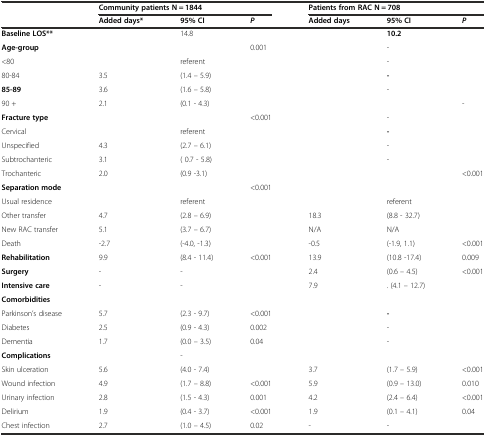
<table><thead><tr><td></td><td colspan="3"><b>Community patients N = 1844</b></td><td colspan="3"><b>Patients from RAC N = 708</b></td></tr><tr><td></td><td><b>Added days*</b></td><td><b>95% CI</b></td><td><b><i>P</i></b></td><td><b>Added days</b></td><td><b>95% CI</b></td><td><b><i>P</i></b></td></tr></thead><tbody><tr><td><b>Baseline LOS**</b></td><td></td><td>14.8</td><td></td><td></td><td><b>10.2</b></td><td></td></tr><tr><td><b>Age-group</b></td><td></td><td></td><td>0.001</td><td></td><td>-</td><td></td></tr><tr><td>&lt;80</td><td></td><td>referent</td><td></td><td></td><td>-</td><td></td></tr><tr><td>80-84</td><td>3.5</td><td>(1.4 – 5.9)</td><td></td><td></td><td><b>-</b></td><td></td></tr><tr><td><b>85-89</b></td><td>3.6</td><td>(1.6 – 5.8)</td><td></td><td></td><td>-</td><td></td></tr><tr><td>90 +</td><td>2.1</td><td>(0.1 - 4.3)</td><td></td><td></td><td></td><td>-</td></tr><tr><td><b>Fracture type</b></td><td></td><td></td><td>&lt;0.001</td><td></td><td>-</td><td></td></tr><tr><td>Cervical</td><td></td><td>referent</td><td></td><td></td><td><b>-</b></td><td></td></tr><tr><td>Unspecified</td><td>4.3</td><td>(2.7 – 6.1)</td><td></td><td></td><td>-</td><td></td></tr><tr><td>Subtrochanteric</td><td>3.1</td><td>( 0.7 - 5.8)</td><td></td><td></td><td>-</td><td></td></tr><tr><td>Trochanteric</td><td>2.0</td><td>(0.9 -3.1)</td><td></td><td></td><td></td><td>&lt;0.001</td></tr><tr><td><b>Separation mode</b></td><td></td><td></td><td>&lt;0.001</td><td></td><td></td><td></td></tr><tr><td>Usual residence</td><td></td><td>referent</td><td></td><td></td><td>referent</td><td></td></tr><tr><td>Other transfer</td><td>4.7</td><td>(2.8 – 6.9)</td><td></td><td>18.3</td><td>(8.8 - 32.7)</td><td></td></tr><tr><td>New RAC transfer</td><td>5.1</td><td>(3.7 – 6.7)</td><td></td><td>N/A</td><td>N/A</td><td></td></tr><tr><td>Death</td><td>-2.7</td><td>(-4.0, -1.3)</td><td></td><td>-0.5</td><td>(-1.9, 1.1)</td><td>&lt;0.001</td></tr><tr><td><b>Rehabilitation</b></td><td>9.9</td><td>(8.4 - 11.4)</td><td>&lt;0.001</td><td>13.9</td><td>(10.8 -17.4)</td><td>0.009</td></tr><tr><td><b>Surgery</b></td><td>-</td><td>-</td><td></td><td>2.4</td><td>(0.6 – 4.5)</td><td>&lt;0.001</td></tr><tr><td><b>Intensive care</b></td><td>-</td><td>-</td><td></td><td>7.9</td><td>. (4.1 – 12.7)</td><td></td></tr><tr><td><b>Comorbidities</b></td><td></td><td></td><td></td><td></td><td></td><td></td></tr><tr><td>Parkinson’s disease</td><td>5.7</td><td>(2.3 - 9.7)</td><td>&lt;0.001</td><td></td><td><b>-</b></td><td></td></tr><tr><td>Diabetes</td><td>2.5</td><td>(0.9 - 4.3)</td><td>0.002</td><td></td><td>-</td><td></td></tr><tr><td>Dementia</td><td>1.7</td><td>(0.0 – 3.5)</td><td>0.04</td><td></td><td>-</td><td></td></tr><tr><td><b>Complications</b></td><td></td><td>-</td><td></td><td></td><td></td><td></td></tr><tr><td>Skin ulceration</td><td>5.6</td><td>(4.0 - 7.4)</td><td></td><td>3.7</td><td>(1.7 – 5.9)</td><td>&lt;0.001</td></tr><tr><td>Wound infection</td><td>4.9</td><td>(1.7 – 8.8)</td><td>&lt;0.001</td><td>5.9</td><td>(0.9 – 13.0)</td><td>0.010</td></tr><tr><td>Urinary infection</td><td>2.8</td><td>(1.5 - 4.3)</td><td>0.001</td><td>4.2</td><td>(2.4 – 6.4)</td><td>&lt;0.001</td></tr><tr><td>Delirium</td><td>1.9</td><td>(0.4 - 3.7)</td><td>&lt;0.001</td><td>1.9</td><td>(0.1 – 4.1)</td><td>0.04</td></tr><tr><td>Chest infection</td><td>2.7</td><td>(1.0 – 4.5)</td><td>0.02</td><td>-</td><td>-</td><td></td></tr></tbody></table>